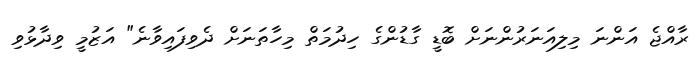
ރާއްޖެ އަންނަ މިލިއަނަރުންނަށް ބޮޑީ ގާޑުންގެ ހިދުމަތް މިހާތަނަށް ދެވިފައިވާނެ" އަޒުމީ ވިދާޅުވި